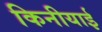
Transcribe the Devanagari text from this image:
किनीयाई